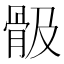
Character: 𩨞